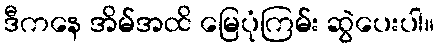
ဒီကနေ အိမ်အထိ မြေပုံကြမ်း ဆွဲပေးပါ။